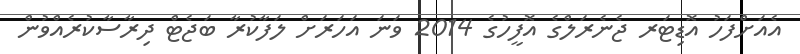
އެއަށްފަހު އޮޑިޓަރ ޖެނެރަލްގެ އޮފީހުގެ 2014 ވަނަ އަހަރަށް ލަފާކުރާ ބަޖެޓް ދިރާސާކުރެއްވުން